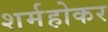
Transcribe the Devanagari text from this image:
शर्महोकर